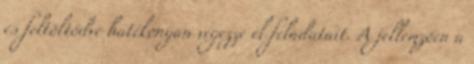
és feltöltődve hatékonyan végezze el feladatait. A jellemzően a